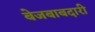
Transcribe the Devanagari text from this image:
बेजबाबदारी